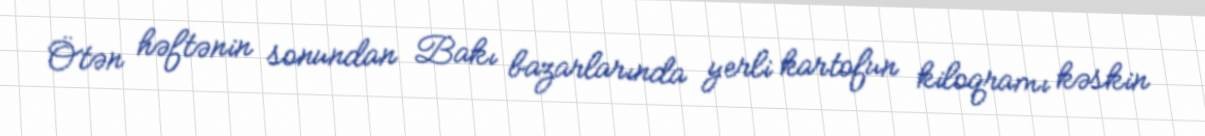
Ötən həftənin sonundan Bakı bazarlarında yerli kartofun kiloqramı kəskin